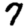
Digit: 7